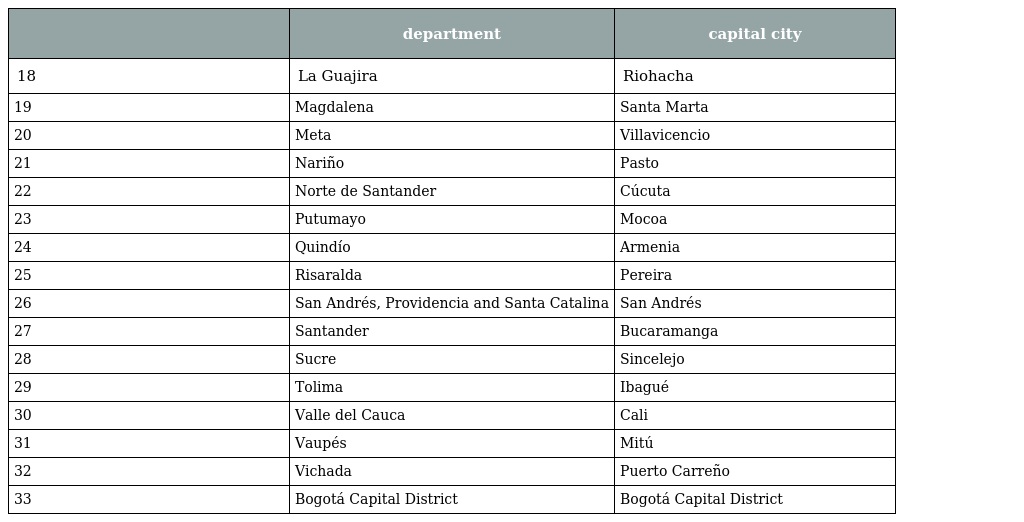
|  | department | capital city |
 | --- | --- | --- |
 | 18 | La Guajira | Riohacha |
 | 19 | Magdalena | Santa Marta |
 | 20 | Meta | Villavicencio |
 | 21 | Nariño | Pasto |
 | 22 | Norte de Santander | Cúcuta |
 | 23 | Putumayo | Mocoa |
 | 24 | Quindío | Armenia |
 | 25 | Risaralda | Pereira |
 | 26 | San Andrés, Providencia and Santa Catalina | San Andrés |
 | 27 | Santander | Bucaramanga |
 | 28 | Sucre | Sincelejo |
 | 29 | Tolima | Ibagué |
 | 30 | Valle del Cauca | Cali |
 | 31 | Vaupés | Mitú |
 | 32 | Vichada | Puerto Carreño |
 | 33 | Bogotá Capital District | Bogotá Capital District |